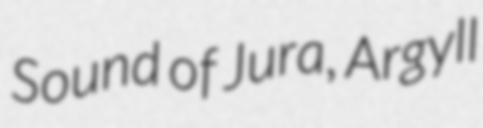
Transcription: Sound of Jura, Argyll